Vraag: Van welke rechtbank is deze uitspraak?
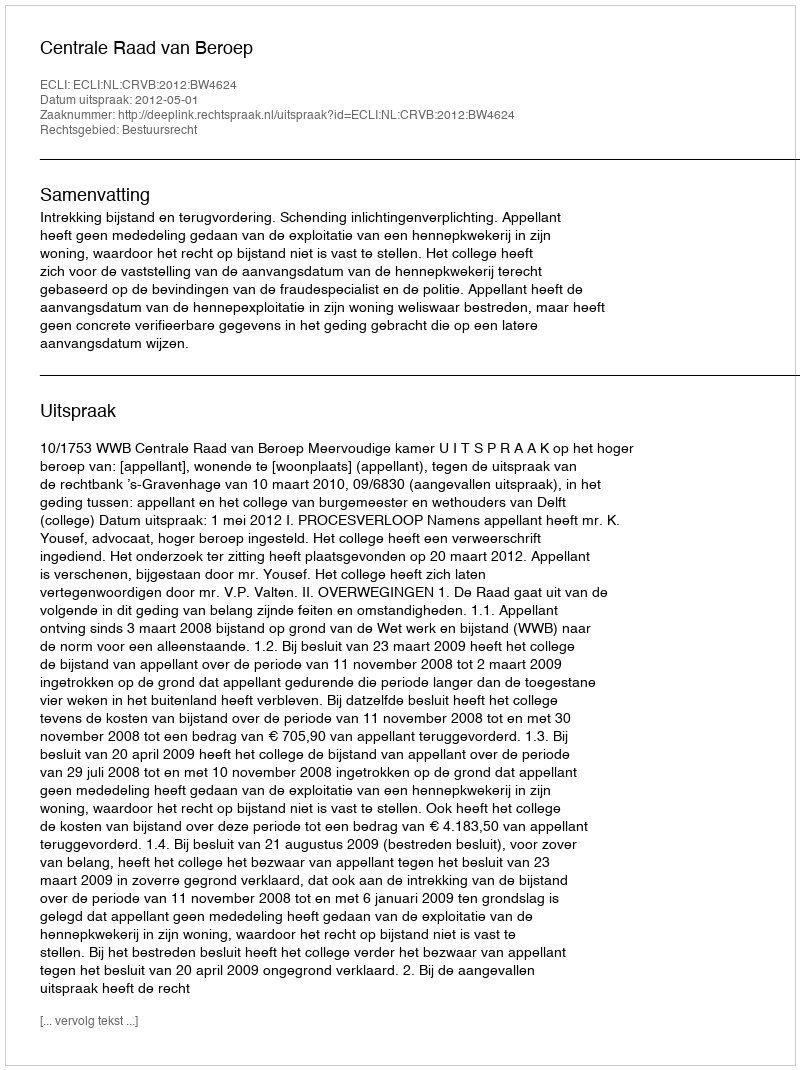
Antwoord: Centrale Raad van Beroep